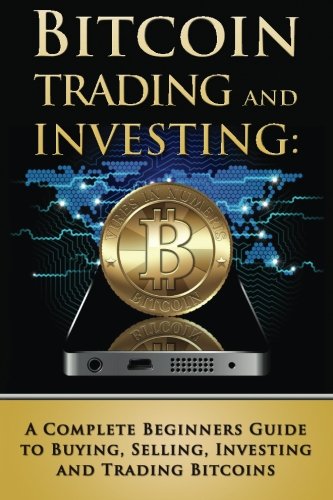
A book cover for Bitcoin Trading and Investing: A Complete Beginners Guide to Buying, Selling, Investing and Trading Bitcoins (bitcoin, bitcoins, litecoin, litecoins, crypto-currency) (Volume 2); Benjamin Tideas; Computers & Technology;